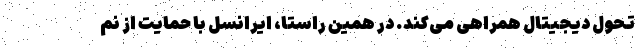
تحول دیجیتال همراهی می‌کند. در همین راستا، ایرانسل با حمایت از نم